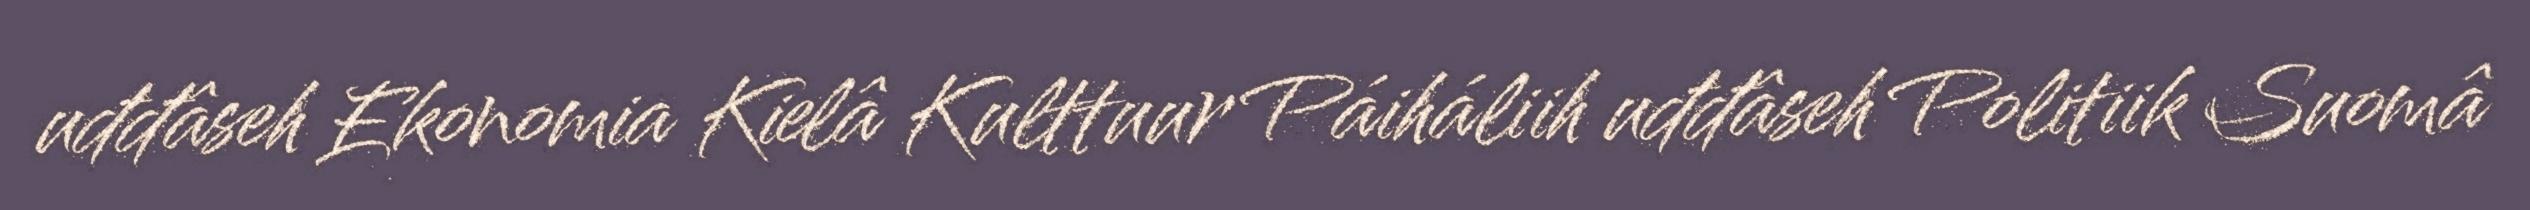
uđđâseh Ekonomia Kielâ Kulttuur Páiháliih uđđâseh Politiik Suomâ